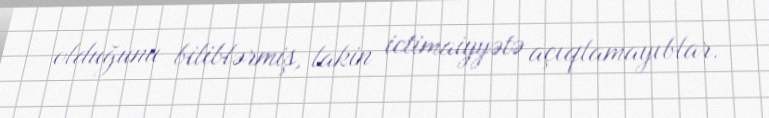
olduğunu biliblərmiş, lakin ictimaiyyətə açıqlamayıblar.